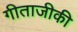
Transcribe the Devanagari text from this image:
गीताजीकी